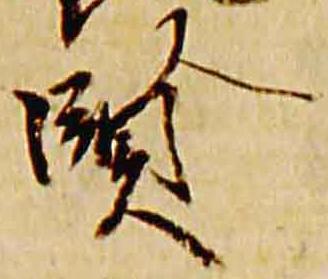
賢